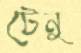
টেনু